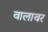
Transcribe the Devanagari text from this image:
वालावर